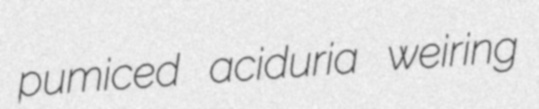
pumiced aciduria weiring